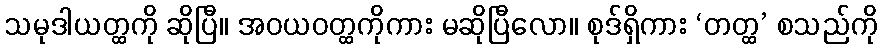
သမုဒါယတ္ထကို ဆိုပြီ။ အဝယဝတ္ထကိုကား မဆိုပြီလော။ စုဒ်ရှိကား ‘တတ္ထ’ စသည်ကို